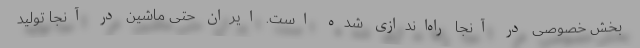
بخش خصوصی در آنجا راه‌اندازی شده است. ایران حتی ماشین در آنجا تولید